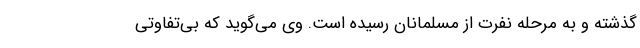
گذشته و به مرحله نفرت از مسلمانان رسیده است. وی می‌گوید که بی‌تفاوتی